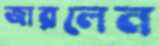
জারলেন